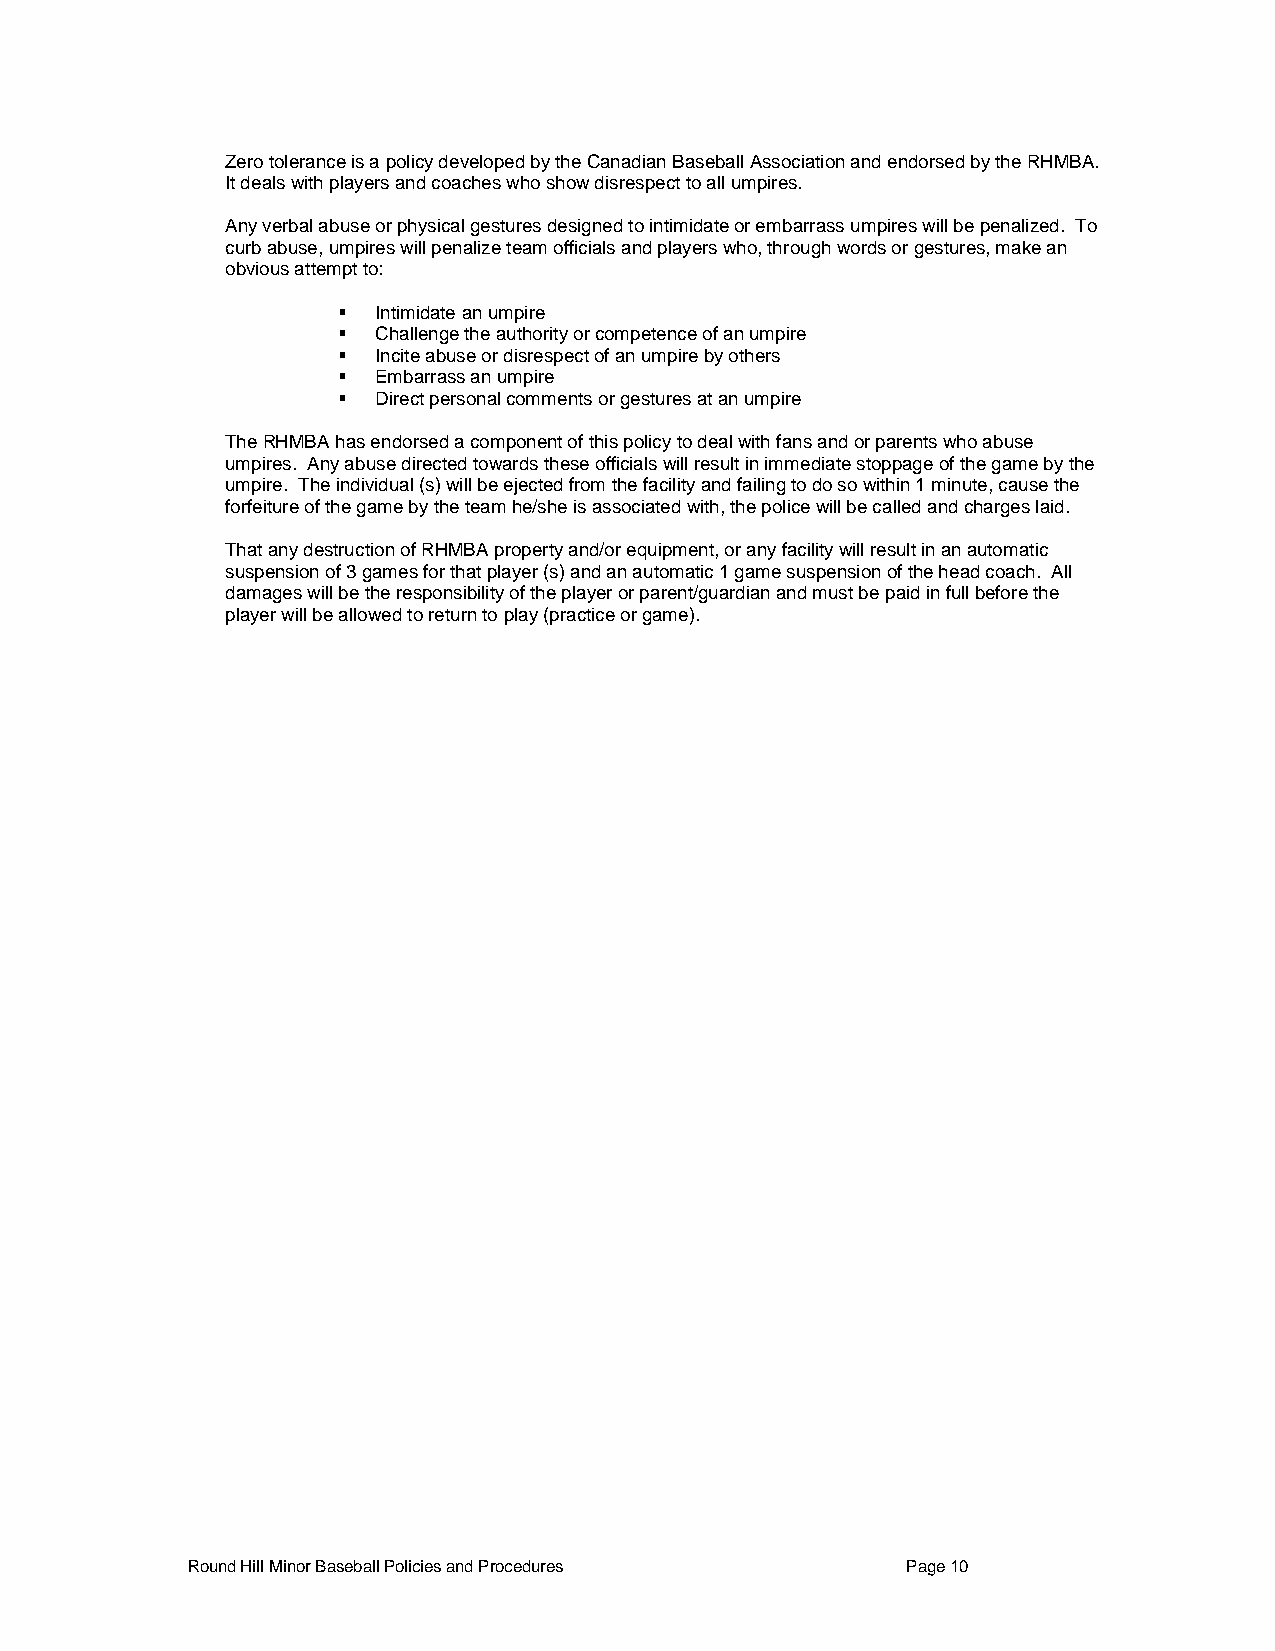
Zero tolerance is a policy developed by the Canadian Baseball Association and endorsed by the RHMBA.
 It deals with players and coaches who show disrespect to all umpires.
 Any verbal abuse or physical gestures designed to intimidate or embarrass umpires will be penalized. To
 curb abuse, umpires will penalize team officials and players who, through words or gestures, make an
 obvious attempt to:
   Intimidate an umpire
   Challenge the authority or competence of an umpire
   Incite abuse or disrespect of an umpire by others
   Embarrass an umpire
   Direct personal comments or gestures at an umpire
 The RHMBA has endorsed a component of this policy to deal with fans and or parents who abuse
 umpires. Any abuse directed towards these officials will result in immediate stoppage of the game by the
 umpire. The individual (s) will be ejected from the facility and failing to do so within 1 minute, cause the
 forfeiture of the game by the team he/she is associated with, the police will be called and charges laid.
 That any destruction of RHMBA property and/or equipment, or any facility will result in an automatic
 suspension of 3 games for that player (s) and an automatic 1 game suspension of the head coach. All
 damages will be the responsibility of the player or parent/guardian and must be paid in full before the
 player will be allowed to return to play (practice or game).
 Round Hill Minor Baseball Policies and Procedures Page 10